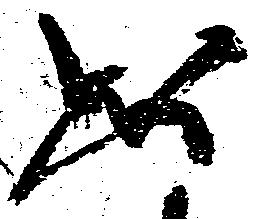
如